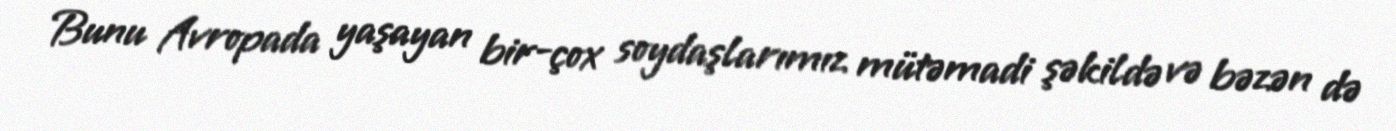
Bunu Avropada yaşayan bir-çox soydaşlarımız mütəmadi şəkildə və bəzən də